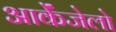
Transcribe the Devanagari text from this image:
आर्केंजेलो